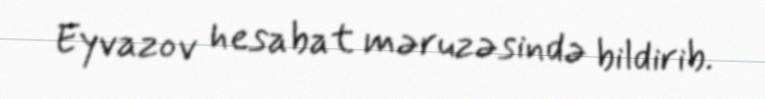
Eyvazov hesabat məruzəsində bildirib.